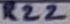
Text: R22